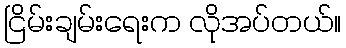
ငြိမ်းချမ်းရေးက လိုအပ်တယ်။